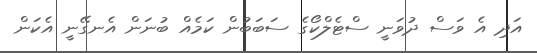
އަދި އެ ވަސް ދުވަނީ ސްޓެލްކޯގެ ސަބަބުން ކަމެއް ބުނަން އެނގޭނީ އެކަން